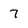
Character: 7